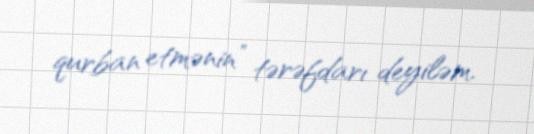
qurban etmənin” tərəfdarı deyiləm.